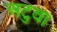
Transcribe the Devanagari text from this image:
अटुवा